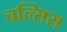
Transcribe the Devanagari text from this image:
चल्सिस